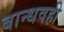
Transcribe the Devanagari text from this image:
बान्धवही